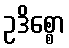
ဥဒိစ္စော